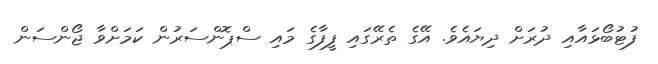
ފުޓުބޯޅައާއި ދުރަށް ދިޔައެވެ. އޭގެ ތެރޭގައި ފީފާގެ މައި ސްޕޮންސަރުން ކަމަށްވާ ޖޯންސަން